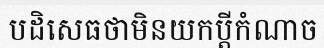
បដិសេធថាមិនយកប្តីកំណាច